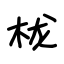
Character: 栊